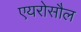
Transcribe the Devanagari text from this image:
एयरोसौल